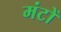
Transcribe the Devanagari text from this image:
मंटों